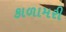
કાળામરી